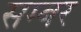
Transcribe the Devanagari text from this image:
सम्बर